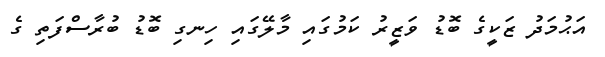
އަޙުމަދު ޒަކީގެ ބޮޑު ވަޒީރު ކަމުގައި މާލޭގައި ހިނގި ބޮޑު ބުރާސްފަތި ގެ